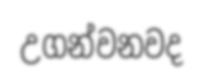
උගන්වනවද